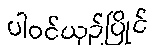
ပါဝင်ယှဉ်ပြိုင်